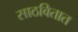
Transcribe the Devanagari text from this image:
साठवितात